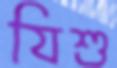
যিশু